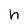
Character: n